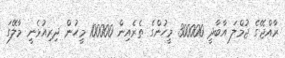
ރާއްޖޭގެ ޖުމްލަ އާބާދީ 300000 މީހުންގެ ތެރެއިން 100000 މީހުން ދިރިއުޅެނީ މާލޭގަ